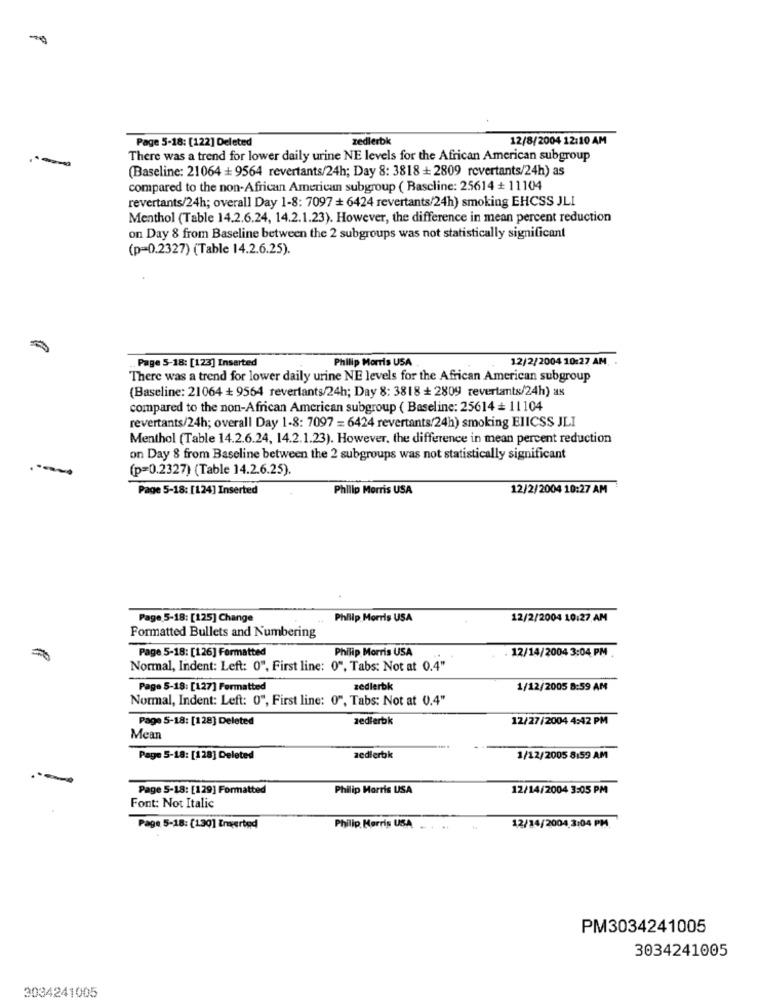
zedlerbk
12/8/2004 12:10 AM
Page 5-18: [122] Deleted
There was a trend for lower daily urine NE levels for the African American subgroup
(Baseline: 21064 + 9564 revertants/24h; Day 8: 3818 + 2809 revertants/24h) as
compared to the non-African American subgroup ( Rascline: 25614 + 11104
revertants/24h; overall Day 1-8: 7097 + 6424 revertants/24h) smoking EHCSS JLI
Menthol (Table 14.2.6.24, 14.2.1.23). However, the difference in mean percent reduction
on Day 8 from Baseline between the 2 subgroups was not statistically significant
(p=0.2327) (Table 14.2.6.25).
.. Page 5-18: [123] Inserted
Philip Morris USA .
12/2/2004 10:27 AM.
There was a trend for lower daily urine NE levels for the African American subgroup
(Baseline: 21064 + 9564 reverlants/24h; Day 8: 3818 + 2809 revertants/24h) as
compared to the non-African American subgroup ( Baseline: 25614 = 11104
revertants/24h; overall Day 1-8: 7097 = 6424 revertants/24h) smoking EIICSS JLI
Menthol (Table 14.2.6.24, 14.2.1.23). However, the difference in mean percent reduction
on Day 8 from Baseline between the 2 subgroups was not statistically significant
(p=0.2327) (Table 14.2.6.25).
Page 5-18: [124] Inserted
Philip Morris USA
12/2/2004 10:27 AM
Page 5-18: [125] Change
Philip Morris USA
12/2/2004 10:27 AM
Formatted Bullets and Numbering
Page 5-18: [126] Formatted
Philip Morris USA
12/14/2004 3:04 PM .
Normal, Indent: Left: 0", First line: 0", Tabs: Not at 0.4"
Page 5-18: [127] Formatted
zedlerbk
1/12/2005 8:59 AM
Normal, Indent: Left: 0", First line: 0", Tabs: Not at 0.4"
Page 5-18: [128] Deleted
zedierbk
12/27/2004 4:42 PM
Mean
Page 5-18: [128] Deleted
zediertak
1/12/2005 8:59 AM
-
Page 5-18: [129] Formatted
Philip Morris USA
12/14/2004 3:05 PM
Font: Not Italic
Page 5-18: [1.30] Inserted
Philip Morris USA
12/14/2004 3:04 PM
PM3034241005
3034241005
3034241005